Vaccination in Burma 1889-1999 - 1889-1999
Year: 1889
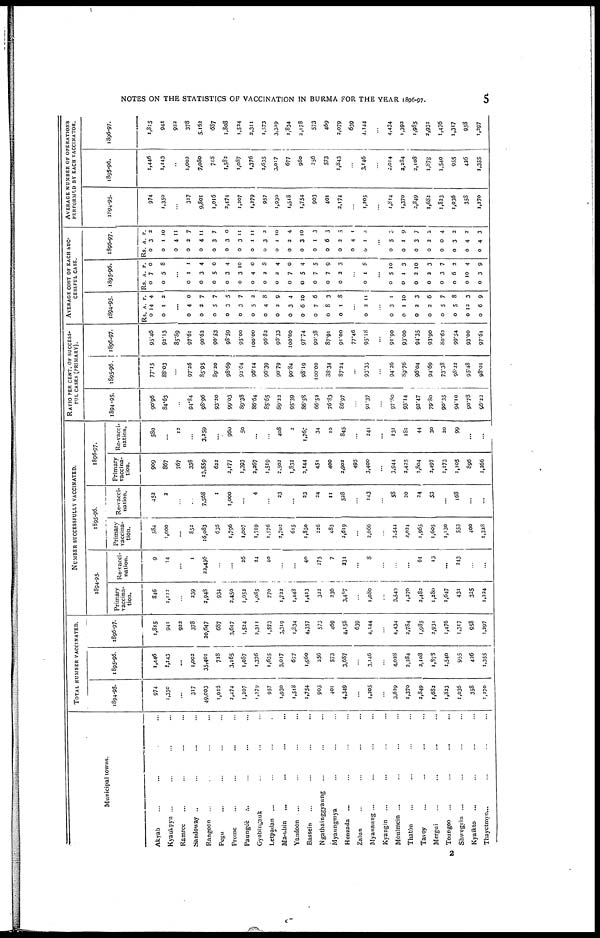
NOTES ON THE STATISTICS OF VACCINATION IN BURMA FOR THE YEAR 1896-97.
5
Municipal towns.
Akyab... ... ... ...
Kyaukpyu... ... ... ...
Ramree... ... ... ...
Sandoway... ... ... ...
Rangoon... ... ... ...
Pegu... ... ... ...
Prome... ... ... ...
Paungde... ... ... ...
Gyobingauk... ... ...
Letpadan... ... ... ...
Ma-ubin... ... ... ...
Yandoon... ... ... ...
Bassein... ... ... ...
Ngathainggyaung... ... ...
Myaungmya... ... ...
Henzada... ... ...
Zalun... ... ... ...
Myananng... ... ... ...
Kyangin... ... ... ...
Moulmein ... ... ... ...
Thatôn... ... ... ...
Tavoy... ... ... ...
Mergui... ... ... ...
Toungoo... ... ... ...
Shwegyin... ... ... ...
Kyaikto... ... ... ...
Thayetmyo... ... ... ...
TOTAL NUMBER VACCINATED.
1894-95.
974
1,350
...
317
49,003
1,015
2,474
1,207
1,279
957
1,930
1,518
1,754
903
401
4,349
...
1,205
...
3,629
1,370
2,849
1,682
1,823
1,036
358
1,270
1895-96.
1,446
1,143
...
1,002
35,401
718
3,165
1,087
1,376
1,635
3,017
677
1,960
256
573
3,687
...
3,146
...
4,028
2,284
2,108
1,878
1,540
955
426
1,355
1896-97.
1,815
941
922
378
20,647
687
3,617
1,524
2,311
1,573
3,319
1,834
4,357
573
469
4,158
639
4,144
...
4,434
2,784
1,985
2,931
1,476
1,317
958
1,297
NUMBER SUCCESSFULLY VACCINATED.
1894-95.
Primary
vaccina-
tion.
846
1,112
...
239
2,948
934
2,450
1,052
1,085
770
1,722
1,448
1,413
322
236
3,487
...
1,080
...
3,549
1,270
2,482
1,280
1,647
431
335
1,224
Re-vacci-
nation.
9
14
...
1
22,436
...
...
26
24
40
...
...
40
275
7
231
...
8
...
...
...
61
13
...
243
...
...
1895-96.
Primary
vaccina-
tion.
584
1,000
...
852
16,083
636
1,796
1,007
1,319
1,576
2,702
615
1,850
226
483
2,619
...
2,666
...
3,544
2,024
1,965
1,605
1,130
553
400
1,328
Re-vacci-
nation.
452
2
...
...
7,568
1
1,000
...
4
...
23
...
23
24
11
528
...
143
...
58
30
24
53
...
168
...
...
1896-97.
Primary
vaccina-
tion.
909
867
767
338
13,559
622
2,177
1,393
2,267
1,519
2,502
1,832
2,144
451
400
2,902
495
3,400
...
3,944
2,425
1,804
2,497
1,173
1,105
896
1,266
Re-vacci-
nation.
580
...
12
...
3,259
...
960
50
...
...
408
2
1,767
34
10
845
...
241
...
131
181
44
30
20
99
...
...
RATIO PER CENT, OF SUCCESS-
--- CASES (PRIMARY).
1894-95.
90.96
84.63
...
94.84
98.96
93.20
99.03
89.38
86.64
85.65
89.22
95.39
86.58
66.52
76.83
36.97
...
91.37
...
97.80
93.14
92.47
79.80
90.35
94.10
90.78
66.22
1895-96.
77.15
88.03
...
97.26
85.95
89.20
98.69
92.64
96.14
96.39
90.79
90.84
98.19
100.00
38.34
87.24
...
93.35
...
94.26
89.76
96.04
94.69
73.38
98.22
95.48
98.01
1896-97.
95.46
92.13
85.89
97.61
90.62
90.53
98.59
95.00
100.00
96.82
96.33
100.00
97.74
90.38
87.91
91.00
77.46
95.18
...
91.90
93.00
94.35
93.90
80.62
99.54
93.00
97.61
AVERAGE COST OF EACH SUC-
------- CASE.
1894-95.
Rs.
0
0
A.
14
1
P.
4
2
...
0
0
0
0
0
0
0
0
0
0
0
0
0
4
2
5
3
3
5
4
2
3
6
7
8
1
0
7
7
5
7
2
8
9
4
10
6
3
8
...
0 2 11
...
0
0
0
0
0
0
0
0
3
1
2
2
5
5
12
6
1
10
3
6
7
8
3
9
1895-96.
Rs.
0
0
A.
7
5
P.
0
8
...
0
0
0
0
0
0
0
0
0
0
0
0
0
1
3
5
3
3
4
2
2
7
5
7
7
2
1
4
0
4
10
0
8
4
0
4
5
9
3
...
0 1 8
...
0
0
0
0
0
0
0
0
5
1
2
2
3
6
10
3
10
3
10
3
7
2
4
9
1896-97.
Rs.
0
0
0
0
0
0
0
0
0
0
0
0
0
0
0
0
0
0
A.
3
1
4
2
4
3
3
3
1
3
1
2
3
1
6
2
4
1
P.
2
10
11
7
11
7
0
11
11
2
10
4
10
3
3
5
1
4
...
0
0
0
0
0
0
0
0
5
1
3
2
0
3
4
4
3
9
7
2
4
2
2
3
AVERAGE NUMBER OF OPERATIONS
PERFORMED BY EACH VACCINATOR.
1894-95.
974
1,350
...
317
9,801
1,016
2,474
1,207
1,279
957
1,930
1,518
1,754
903
401
2,174
...
1,205
...
1,814
1,370
2,849
1,682
1,823
1,036
358
1,270
1895-96.
1,446
1,143
...
1,002
7,080
718
1,582
1,087
1,376
1,635
3,017
677
980
256
573
1,843
...
3.146
...
2,014
2,284
2,108
1,878
1,540
955
426
1,355
1896-97.
1,315
941
922
378
5,162
687
1,808
1,524
2,311
1,573
3,319
1,834
2,178
573
469
2,079
639
4,144
...
4,434
1,393
1,985
2,931
1,476
1,317
958
1,297
2